Report of the Indian Hemp Drugs Commission, 1894-1895 - Volume IV
Year: 1894
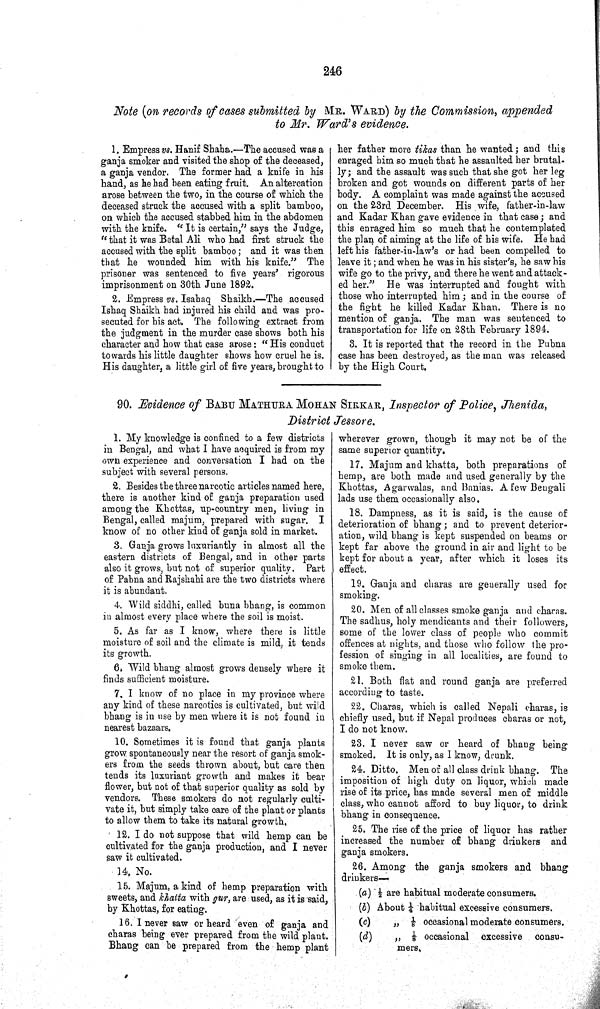
246
Note (on records of cases submitted by MR. WARD) by the Commission, appended
to Mr. Ward's evidence.
1. Empress vs. Hanif Shaha.—The accused was a
ganja smoker and visited the shop of the deceased,
a ganja vendor. The former had a knife in his
hand, as he had been eating fruit. An altercation
arose between the two, in the course of which the
deceased struck the accused with a split bamboo,
on which the accused stabbed him in the abdomen
with the knife. "It is certain," says the Judge,
"that it was Betal Ali who had first struck the
accused with the split bamboo; and it was then
that he wounded him with his knife." The
prisoner was sentenced to five years' rigorous
imprisonment on 30th June 1892.
2. Empress vs. Isahaq Shaikh.—The accused
Ishaq Shaikh had injured his child and was pro-
secuted for his act. The following extract from
the judgment in the murder case shows both his
character and how that case arose: "His conduct
towards his little daughter shows how cruel he is.
His daughter, a little girl of five years, brought to
her father more tikas than he wanted; and this
enraged him so much that he assaulted her brutal-
ly; and the assault was such that she got her leg
broken and got wounds on different parts of her
body. A complaint was made against the accused
on the 23rd December. His wife, father-in-law
and Kadar Khan gave evidence in that case; and
this enraged him so much that he contemplated
the plan of aiming at the life of his wife. He had
left his father-in-law's or had been compelled to
leave it; and when he was in his sister's, he saw his
wife go to the privy, and there he went and attack-
ed her." He was interrupted and fought with
those who interrupted him; and in the course of
the fight he killed Kadar Khan. There is no
mention of ganja. The man was sentenced to
transportation for life on 28th February 1894.
3. It is reported that the record in the Pubna
case has been destroyed, as the man was released
by the High Court.
90. Evidence of BABU MATHURA MOHAN SIRKAR, Inspector of Police, Jhenida,
District Jessore.
1. My knowledge is confined to a few districts
in Bengal, and what I have acquired is from my
own experience and conversation I had on the
subject with several persons.
2. Besides the three narcotic articles named here,
there is another kind of ganja preparation used
among the Khottas, up-country men, living in
Bengal, called majum, prepared with sugar. I
know of no other kind of ganja sold in market.
3. Ganja grows luxuriantly in almost all the
eastern districts of Bengal, and in other parts
also it grows, but not of superior quality. Part
of Pabna and Rajshahi are the two districts where
it is abundant.
4. Wild siddhi, called buna bhang, is common
in almost every place where the soil is moist.
5. As far as I know, where there is little
moisture of soil and the climate is mild, it tends
its growth.
6. Wild bhang almost grows densely where it
finds sufficient moisture.
7. I know of no place in my province where
any kind of these narcotics is cultivated, but wild
bhang is in use by men where it is not found in
nearest bazaars.
10. Sometimes it is found that ganja plants
grow spontaneously near the resort of ganja smok-
ers from the seeds thrown about, but care then
tends its luxuriant growth and makes it bear
flower, but not of that superior quality as sold by
vendors. These smokers do not regularly culti-
vate it, but simply take care of the plant or plants
to allow them to take its natural growth.
12. I do not suppose that wild hemp can be
cultivated for the ganja production, and I never
saw it cultivated.
14. No.
15.
Majum, a kind of hemp preparation with
sweets, and khatta with gur, are used, as it is said,
by Khottas, for eating.
16. I never saw or heard even of ganja and
charas being ever prepared from the wild plant.
Bhang can be prepared from the hemp plant
wherever grown, though it may not be of the
same superior quantity.
17. Majum and khatta, both preparations of
hemp, are both made and used generally by the
Khottas, Agarwalas, and Banias. A few Bengali
lads use them occasionally also.
18. Dampness, as it is said, is the cause of
deterioration of bhang; and to prevent deterior-
ation, wild bhang is kept suspended on beams or
kept far above the ground in air and light to be
kept for about a year, after which it loses its
effect.
19. Ganja and charas are generally used for
smoking.
20. Men of all classes smoke ganja and charas.
The sadhus, holy mendicants and their followers,
some of the lower class of people who commit
offences at nights, and those who follow the pro-
fession of singing in all localities, are found to
smoke them.
21. Both flat and round ganja are preferred
according to taste.
22. Charas, which is called Nepali charas, is
chiefly used, but if Nepal produces charas or not,
I do not know.
23. I never saw or heard of bhang being
smoked. It is only, as I know, drunk.
24. Ditto. Men of all class drink bhang. The
imposition of high duty on liquor, which made
rise of its price, has made several men of middle
class, who cannot afford to buy liquor, to drink
bhang in consequence.
25. The rise of the price of liquor has rather
increased the number of bhang drinkers and
ganja smokers.
26. Among the ganja smokers and bhang
drinkers—
(a) 1/2 are habitual moderate consumers.
(b) About 1/4 habitual excessive consumers.
(c) " 1/8 occasional moderate consumers.
(d) " 1/8 occasional excessive consu-
mers.